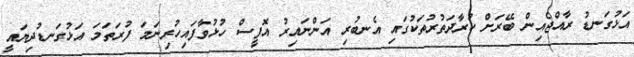
އަޅުގަނޑު ރާއްޖެއިން ބޭރަށް ކުރާދަތުރުތަކުގައި އެނބުރި އަންނައިރު އޮފީސް ހުޅުވާފައިހުރިނަމަ ފުރަތަމަ އަޅުގަނޑުދިޔައީ